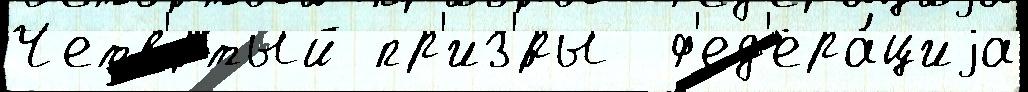
Четв'́ртый пр'из'́ры  ф'ед'ера́циjа